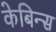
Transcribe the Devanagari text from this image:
केबिन्स